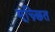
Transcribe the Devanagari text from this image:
मूच्र्छित